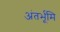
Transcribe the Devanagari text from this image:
अंतर्भूमि